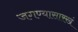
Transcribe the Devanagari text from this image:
जगण्यासारखं